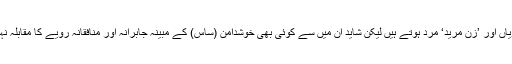
’چالاک‘ بیویاں اور ’زن مرید‘ مرد ہوتے ہیں لیکن شاید ان میں سے کوئی بھی خوشدامن (ساس) کے مبینہ جابرانہ اور منافقانہ رویے کا مقابلہ نہیں کر سکتا۔